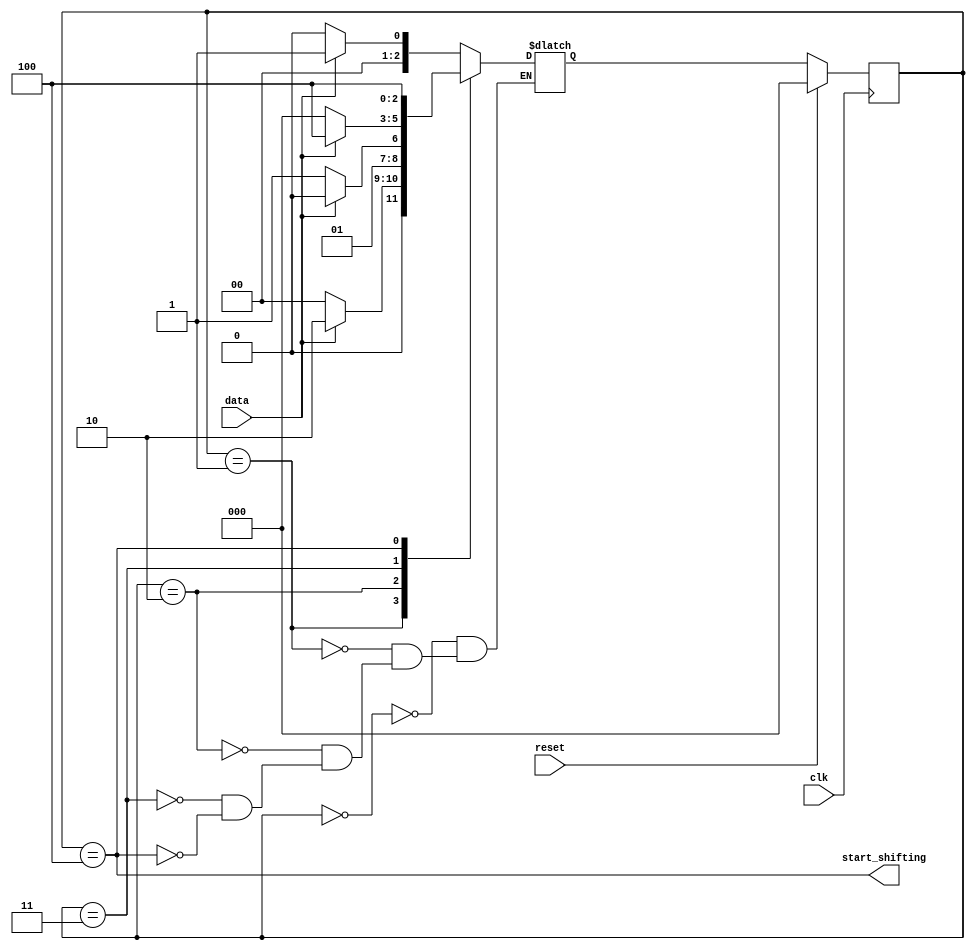
//https://hdlbits.01xz.net/wiki/Exams/review2015_fsmseq
module top_module (
    input clk,
    input reset,      // Synchronous reset
    input data,
    output start_shifting);
    parameter IDLE=3'b000,BIT1=3'b001,BIT2=3'b010,BIT3=3'b011,FINISH=3'b100;
    reg[2:0] state, next_state;
    
    always@(posedge clk)begin
        if (reset) state<=IDLE;
        else state<=next_state;
    end
    
    always@(*)begin
        case(state)
            IDLE:begin
                if(data) next_state = BIT1;
                else next_state = IDLE;
            end
            BIT1:begin
                if(data) next_state = BIT2;
                else next_state = IDLE;
            end
            BIT2:begin
                if(!data) next_state = BIT3;
                else next_state = BIT2;
            end
            BIT3:begin
                if(data) next_state = FINISH;
                else next_state = IDLE;
            end
            FINISH: next_state = FINISH;
        endcase
    end
	assign start_shifting = state == FINISH;
endmodule